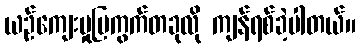
ယဉ်ကျေးမှုပြကွက်တခုလို ကျန်ရစ်ခဲ့ပါတယ်။